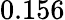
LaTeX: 0.156